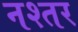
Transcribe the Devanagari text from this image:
नश्तर